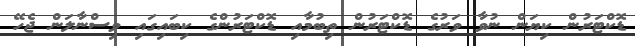
ޑޮކްޓަރުން ކިޔަން ނުވާ ވަރުގެ ޑޮކްޓަރުން ތިބުމާއި ޑޮކްޓަރުންގެ ކިބައިގައި ވިސްނާލަން ޖެހޭ